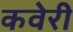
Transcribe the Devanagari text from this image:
कवेरी